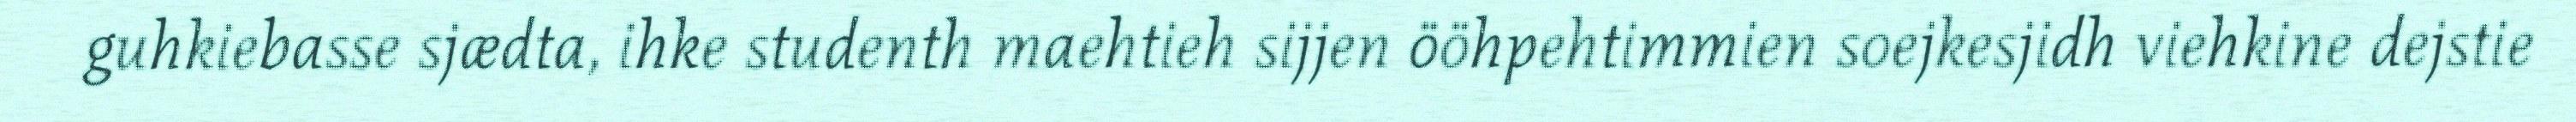
guhkiebasse sjædta, ihke studenth maehtieh sijjen ööhpehtimmien soejkesjidh viehkine dejstie